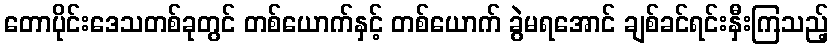
တောပိုင်းဒေသတစ်ခုတွင် တစ်ယောက်နှင့် တစ်ယောက် ခွဲမရအောင် ချစ်ခင်ရင်းနှီးကြသည့်